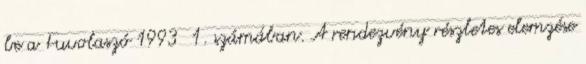
be a Fuvolaszó 1993 1. számában. A rendezvény részletes elemzése